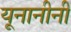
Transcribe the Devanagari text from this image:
यूनानीनीं